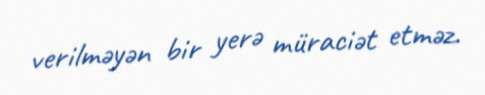
verilməyən bir yerə müraciət etməz.